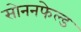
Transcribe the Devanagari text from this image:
सोननफेल्ड